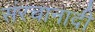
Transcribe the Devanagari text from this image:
संरचानादी